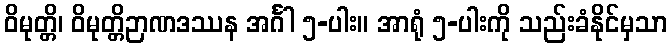
ဝိမုတ္တိ၊ ဝိမုတ္တိဉာဏဒဿန အင်္ဂါ ၅-ပါး။ အာရုံ ၅-ပါးကို သည်းခံနိုင်မှသာ